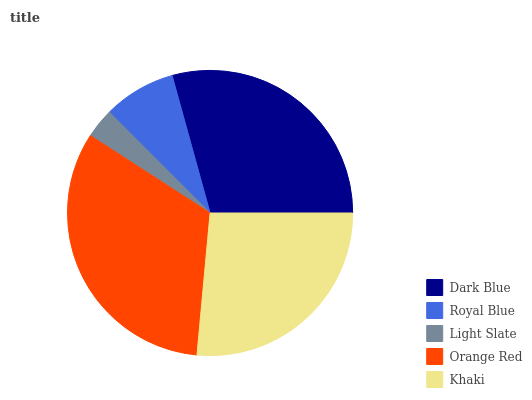
| Dark Blue | Royal Blue | Light Slate | Orange Red | Khaki |
 | --- | --- | --- | --- | --- |
 | 29.3% | 8.22% | 3.38% | 32.7% | 26.4% |